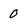
Character: 0